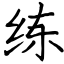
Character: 练